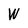
Character: W